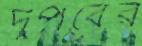
দুপর্বের